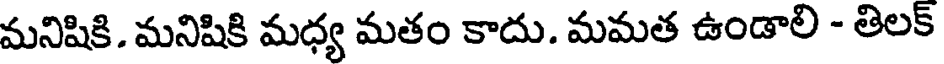
మనిషికి. మనిషికి మధ్య మతం కాదు. మమత ఉండాలి - తిలక్